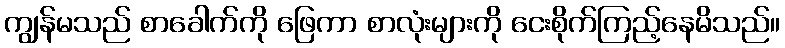
ကျွန်မသည် စာခေါက်ကို ဖြေကာ စာလုံးများကို ငေးစိုက်ကြည့်နေမိသည်။